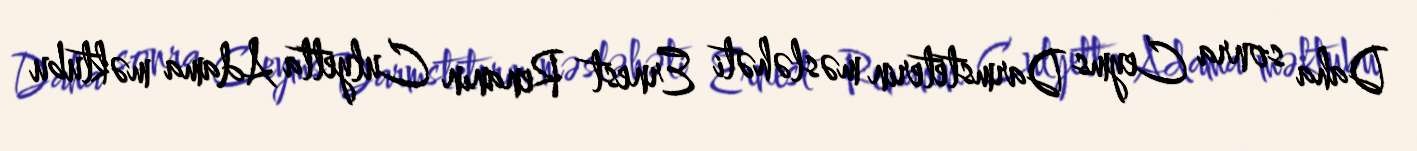
Daha sonra Ceyms Darmsteterin məsləhəti Ernest Renanın Culyetta Adama məktubu